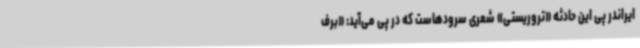
ایراندر پی این حادثه «تروریستی» شعری سرودهاست که در پی می‌آید: «برف